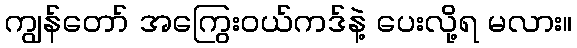
ကျွန်တော် အကြွေးဝယ်ကဒ်နဲ့ ပေးလို့ရ မလား။